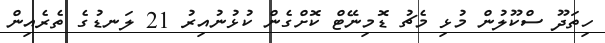
ހިތަދޫ ސްކޫލުން މުޅި މެޗު ޑޮމިނޭޓް ކޮށްގެން ކުޅުނުއިރު 21 ލަނޑުގެ ތެރެއިން